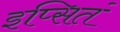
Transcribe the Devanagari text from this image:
इप्सितं